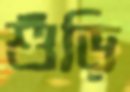
শুঁড়ি